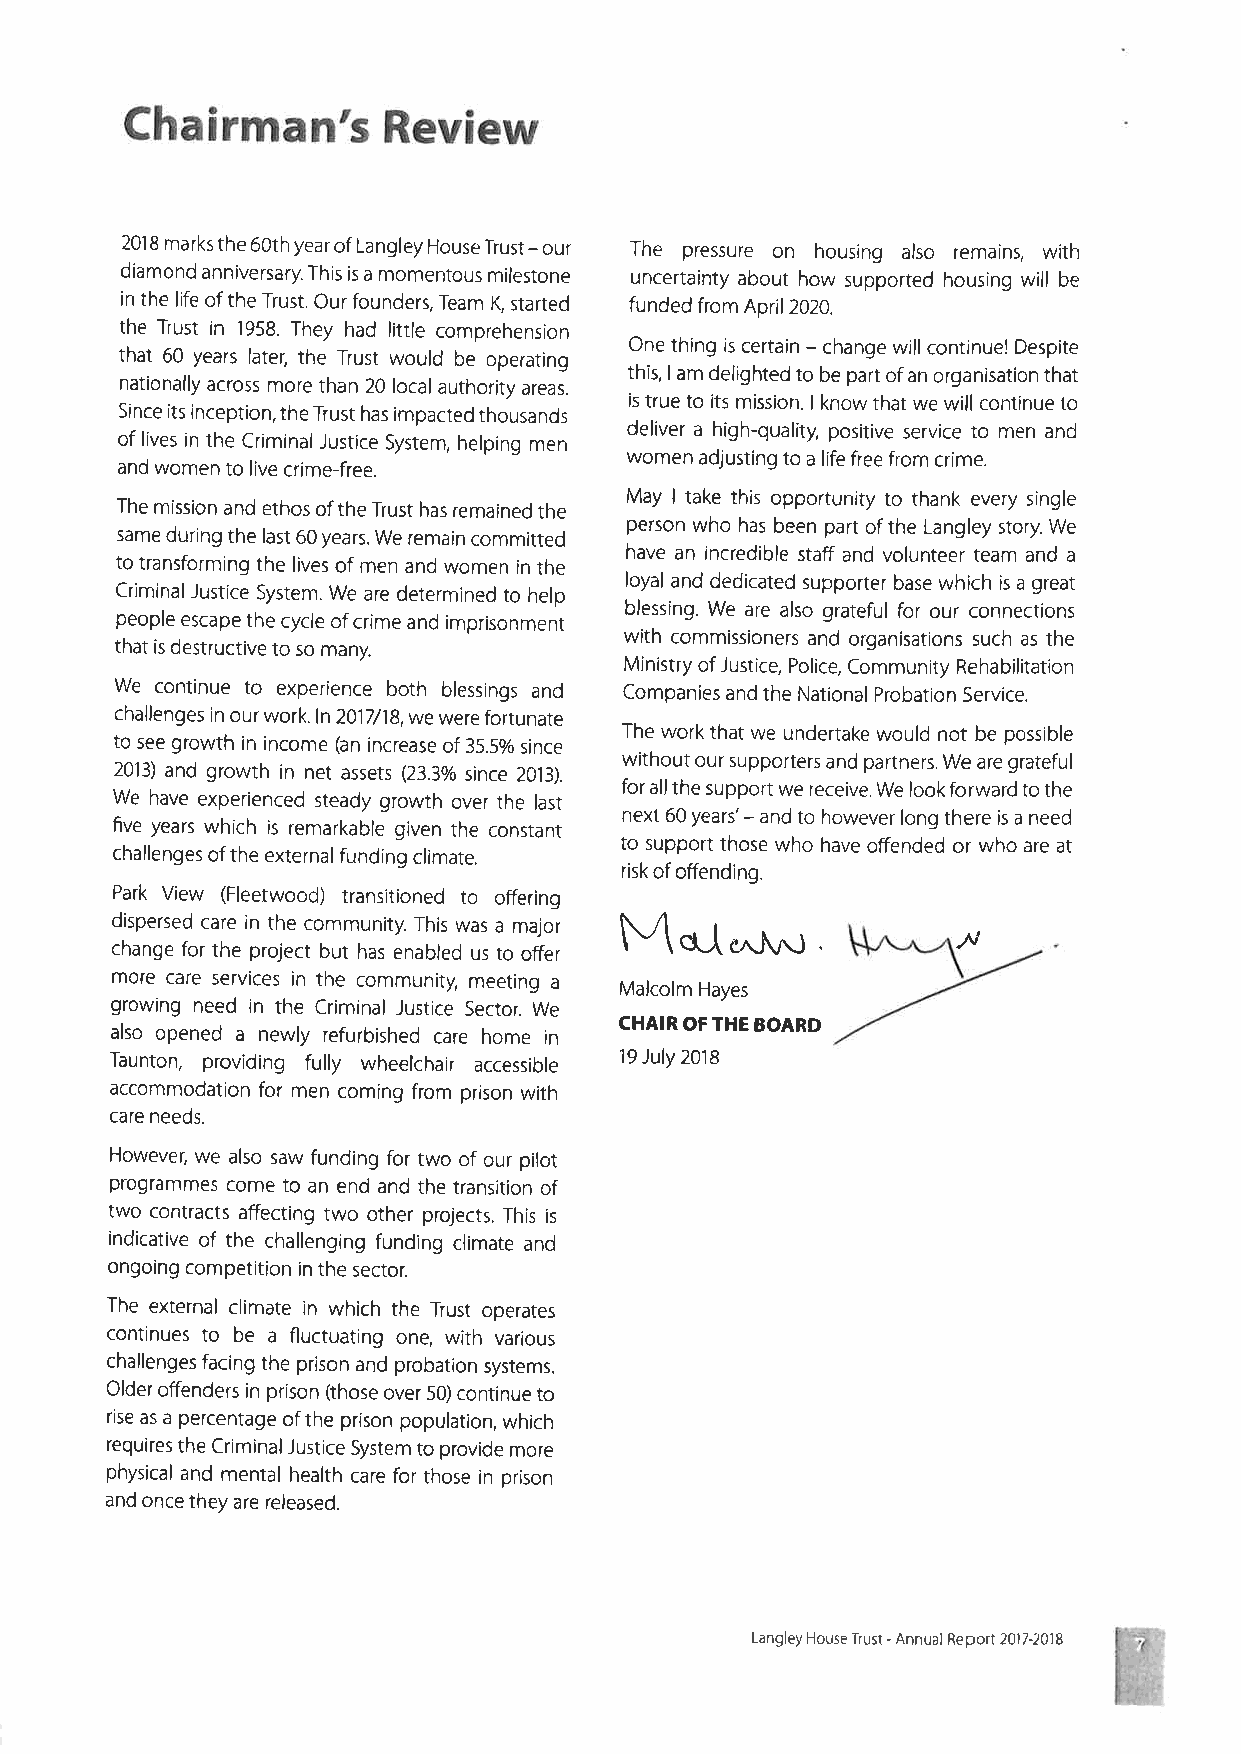
Chairman's       Review
 2018 marks the 60rh yearof Langley House Trust - our The pressure on housing also remains, with
 diamond anniversary. This is a momentous milestone uncertainty about how supported housing will be
 in the life of the Trust. Our founders, Team K, started funded from April 2020.
 the Trust in t958. They had little comprehension
 that 60 years later, the Trust would be operating One thing ¡s certain - change will continuel Despite
 this,lam delighted to be part of an organisation that
 nationally across more than 20 local authority areas.
 is true to its mission. I know that we will continue to
 Since íts inception, the Trust has impacted thousands
 deliver a high-quality, positive service to men and
 of lives in the Criminal Justice System, helping men
 and women to live crime-free.    women adjusting to a life free from crime.
 May I take this opportunity to thank every single
 The mission and ethos of the Trust has remained the
 person who has been part of the Langley story. We
 same during the last 60 years. We remain committed
 to transforming the lives of men and women in the have an incredible staff and volunteer team and a
 CriminalJustice System. We are determined to help loyal and dedicated supporter base which is a great
 blessing. We are also grateful for our connections
 people escape the cycle of crime and imprisonment
 w¡th commissioners and organisations such as the
 that is destruct¡ve to so many.
 Ministry of Justice, Police, Community Rehabilitation
 We continue to experience both blessings and Companies and the National Probation Service.
 challenges in our work. ln2O1l/18,we were fortunate
 The work that we undertake would not be possible
 to see growth in income (an increase of 35.5% since
 2013) and growth ¡n net assers (23.30/o since 2013). without our supporters and partners. We are grateful
 We have experienced steady growth over the last for allthe support we receive. We look forward to the
 five years which is remarkable given the constant next 60 years'- and to however long there is a need
 to support those who have offended or who are at
 challenges of the externalfunding climate.
 risk of offending.
 Park View (Fleetwood) transitioned to offering
 dispersed care in the community. This was a major f \\^ v
 change for the project but has enabled us to offer \ c\,[ crJ\¡.-J .
 more care services in the community, meeting a Malcolm Hayes
 growing need in the Criminal Justice Sector. We
 also opened a newly refurbished care home in CHAIR OFTHE BOARD
 Taunton, providing fully wheelchair accessible 19 July 2018
 accommodation for men coming from prison with
 care needs.
 However, we also saw funding for two of our pilot
 programmes come to an end and the transition of
 two contracts affecting two other pro1ects. This is
 indicative of the challenging funding climate and
 ongoing competition ¡n the sector.
 The external climate in which the Trust operates
 continues to be a fluctuating one, with various
 challenges facing the prison and probation systems.
 Older offenders in prison (those over 50) continue to
 rise as a percentage of the prison population, which
 requires the CriminalJustice System to provide more
 physical and mental health care for those in prison
 and once they are released.
 Langley House Trust - Annual Report 2017-2018
 ffi